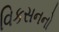
વિકસનનો